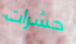
حشرات